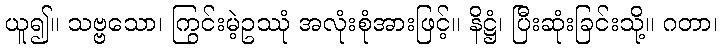
ယူ၍။ သဗ္ဗသော၊ ကြွင်းမဲ့ဥဿုံ အလုံးစုံအားဖြင့်။ နိဋ္ဌံ၊ ပြီးဆုံးခြင်းသို့။ ဂတာ၊